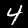
Digit: 4